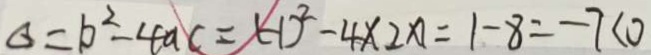
\Delta = b ^ { 2 } - 4 a c = ( - 1 ) ^ { 2 } - 4 \times 2 \varphi = 1 - 8 = - 7 < 0